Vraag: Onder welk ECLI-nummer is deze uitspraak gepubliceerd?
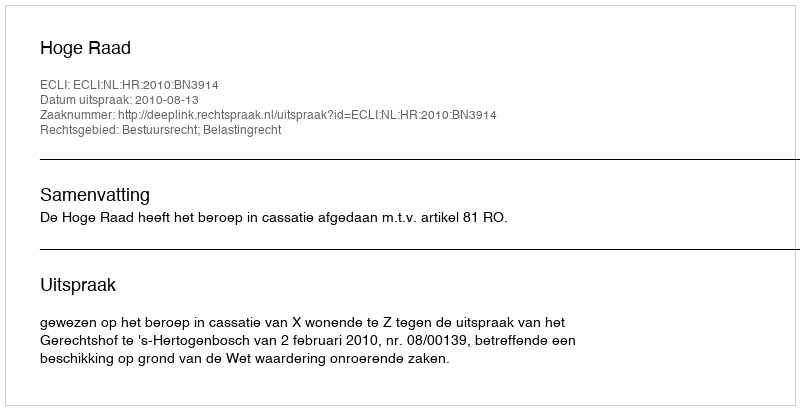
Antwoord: ECLI:NL:HR:2010:BN3914